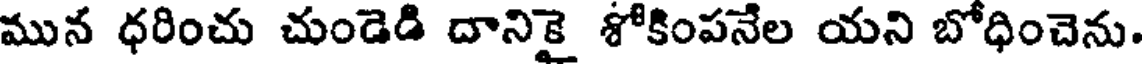
మున ధరించు చుండెడి దానికై శోకింపనేల యని బోధించెను.